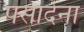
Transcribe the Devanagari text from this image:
पसादेना